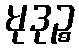
မုဒုဉ္စ